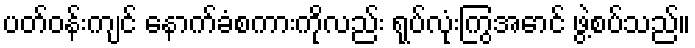
ပတ်ဝန်းကျင် နောက်ခံစကားကိုလည်း ရုပ်လုံးကြွအောင် ဖွဲ့စပ်သည်။